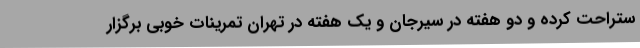
ستراحت کرده و دو هفته در سیرجان و یک هفته در تهران تمرینات خوبی برگزار